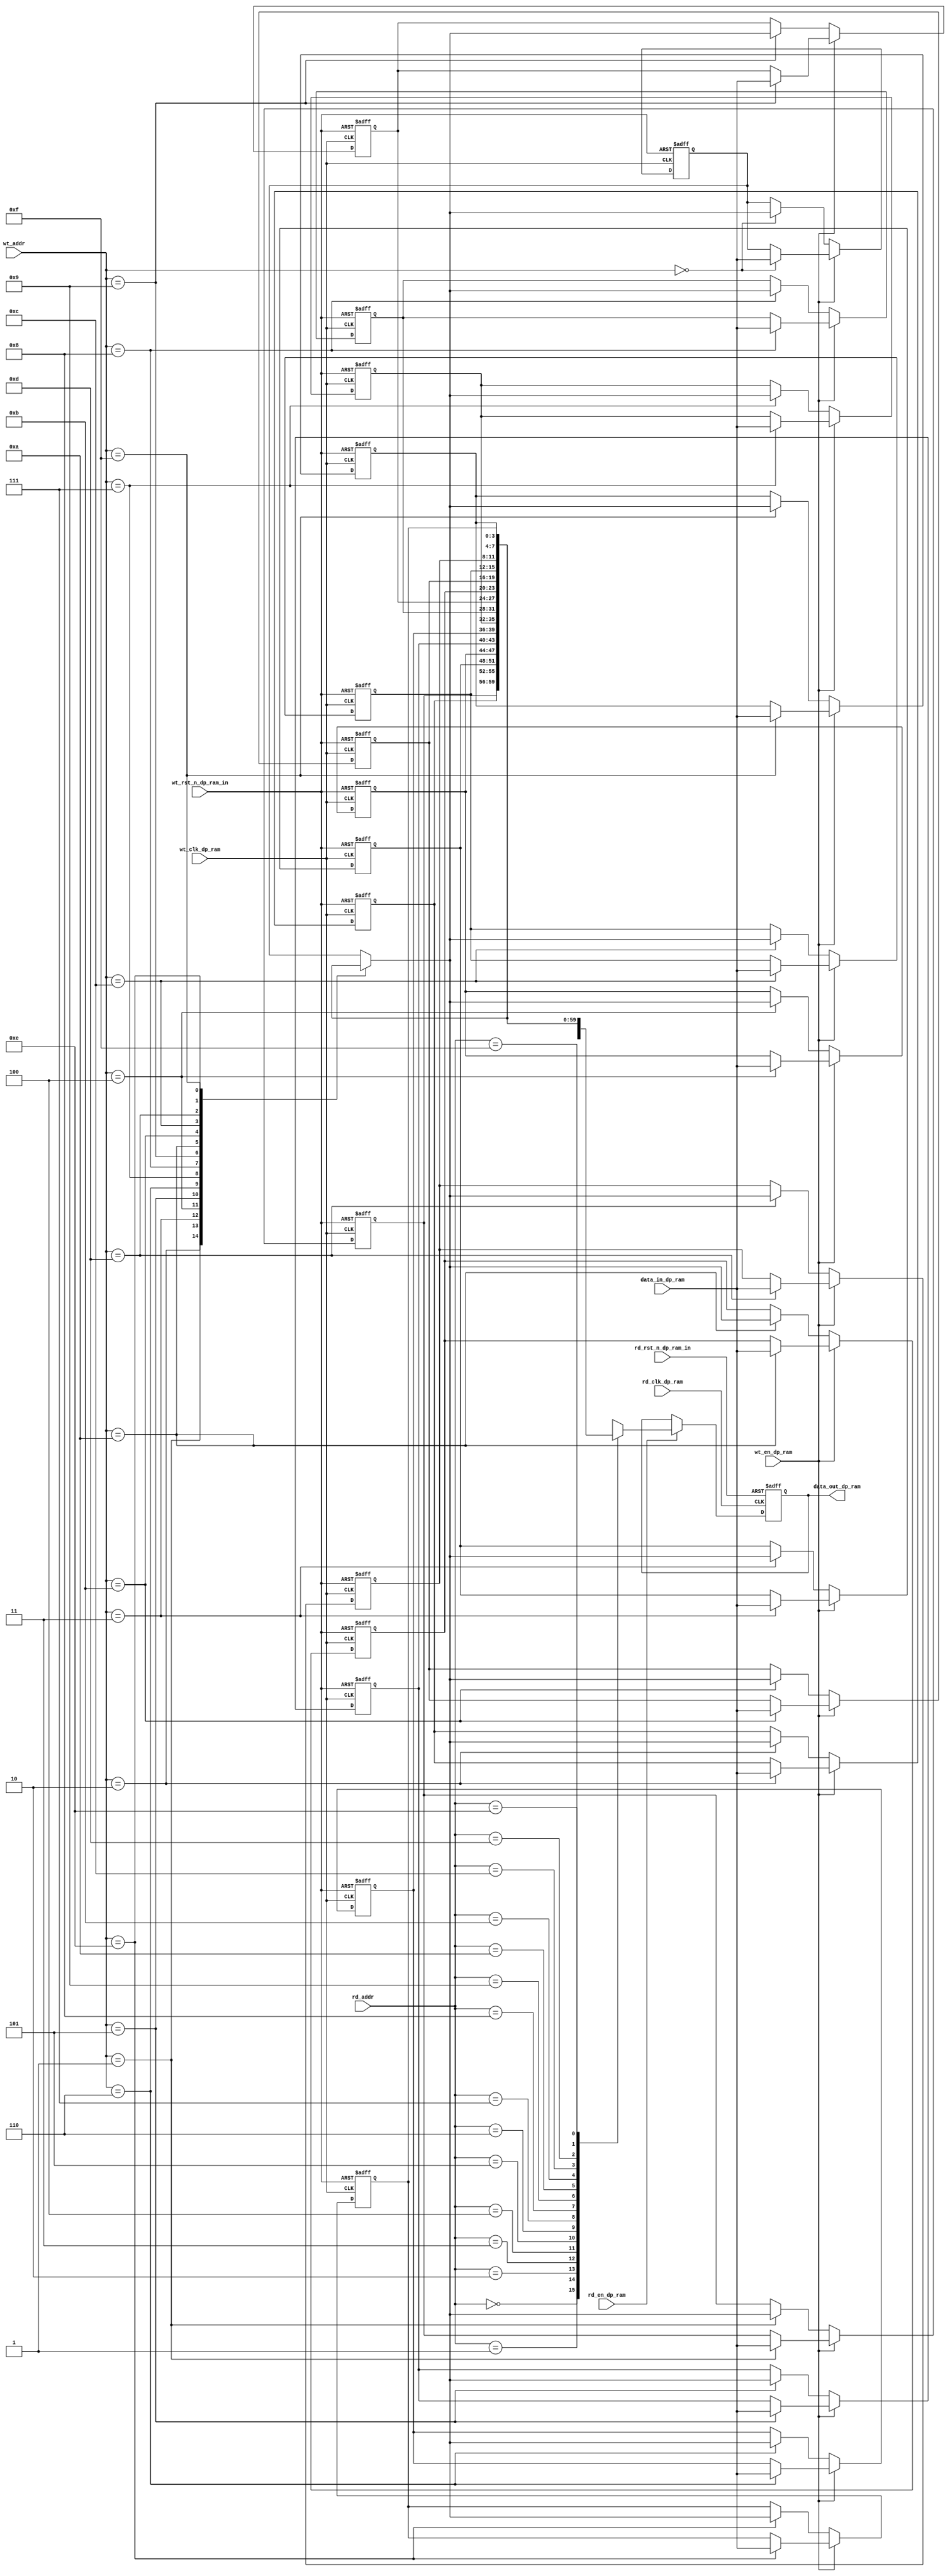
//DATA_PATH -> DUAL PORT RAM
module dp_ram#(parameter data_width=4, //declaration of data bus width		
               parameter addr_width=4) //declaration of address bus width		
                //declaration of ports		
                (output [data_width-1:0]data_out_dp_ram,		
                 input [data_width-1:0]data_in_dp_ram,		
                 input rd_clk_dp_ram,		
                 input wt_clk_dp_ram,		
                 input wt_rst_n_dp_ram_in,		
                 input rd_rst_n_dp_ram_in,		
                 input rd_en_dp_ram,		
                 input wt_en_dp_ram,		
                 input [addr_width-1:0]wt_addr,		
                 input [addr_width-1:0]rd_addr);
  integer i;//temp register declaration for data out
  reg [data_width-1:0]data_out;//declaration of memory array
  reg [data_width-1:0]mem[(2**addr_width)-1:0];
//write operation
  always@(posedge wt_clk_dp_ram or negedge wt_rst_n_dp_ram_in)
    begin
      if(!wt_rst_n_dp_ram_in)				// clearing whole memory		
        for(i=0;i<(2**addr_width);i=i+1)			
          mem[i]<=0;
      else if(wt_en_dp_ram)	
        mem[wt_addr]<=data_in_dp_ram; //reads data_in and writes in wt_addr loacation		
      else
        mem[wt_addr]<=mem[wt_addr]; //memory reading will be in hold state
    end
//read operation
  always@(posedge rd_clk_dp_ram or negedge rd_rst_n_dp_ram_in)
    begin
      if(!rd_rst_n_dp_ram_in)	
        data_out <= 0;	
      else if(rd_en_dp_ram)
        data_out<=mem[rd_addr]; //writes data from rd_addr location on to data_out		
      else			
        data_out<=data_out; //data_out is in hold state until next rd_en_dp_ram is triggers
    end
  assign data_out_dp_ram=data_out; //assiging value to data_out_dp_ram from temp register
endmodule